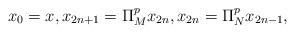
LaTeX: \begin{align*} x_0 = x, x_{2n+1} = \Pi_{M}^p x_{2n}, x_{2n} = \Pi_{N}^p x_{2n-1}, \end{align*}